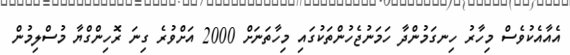
އެއާއެކުވެސް މިހާރު ހިނގަމުންދާ ހަމަނުޖެހުންތަކުގައި މިހާތަނަށް 2000 އަށްވުރެ ގިނަ ރޮހިންގްޔާ މުސްލިމުން